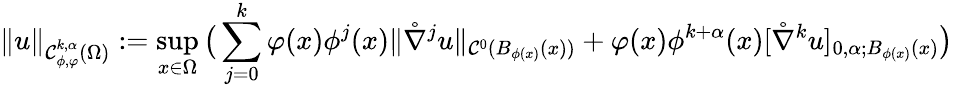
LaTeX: \| u\| _{\mathcal{C}_{\phi,\varphi}^{k,\alpha}(\Omega)}:=\operatorname*{sup}_{x\in\Omega}\big(\sum_{j=0}^{k}\varphi(x)\phi^{j}(x)\| \mathring\nabla^{j}u\| _{\mathcal{C}^{0}(B_{\phi(x)}(x))}+\varphi(x)\phi^{k+\alpha}(x)[\mathring\nabla^{k}u]_{0,\alpha;B_{\phi(x)}(x)}\big)